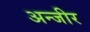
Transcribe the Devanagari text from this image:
अन्जीर